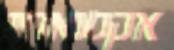
אקטואריי